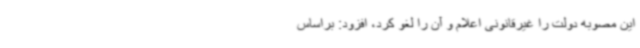
این مصوبه دولت را غیرقانونی اعلام و آن را لغو کرد، افزود: براساس